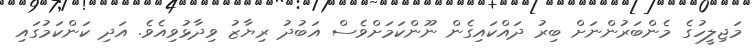
މަޖިލީހުގެ މެންބަރުންނަށް ބިރު ދައްކައިގެން ނޫންކަމަށްވެސް އަބުދު ރިޔާޒު ވިދާޅުވިއެވެ. އަދި ކަންކަމުގައި